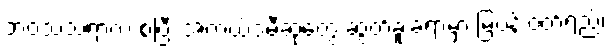
ဘဝသံသရာက စပြီး အကယ်ဒမီဆုတွေ ဆွတ်ခူးခဲ့ရာမှာ မြပန်းဝတ်ရည်၊